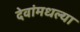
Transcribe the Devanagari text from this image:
देवांमधल्या